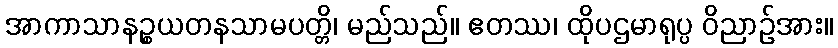
အာကာသာနဉ္စယတနသာမပတ္တိ၊ မည်သည်။ ဧတဿ၊ ထိုပဌမာရုပ္ပ ဝိညာဉ်အား။